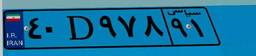
۰۵D۱۷۰۸۰